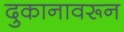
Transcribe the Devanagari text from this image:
दुकानावरून